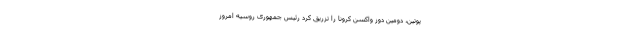
پوتین، دومین دوز واکسن کرونا را تزریق کرد رئیس جمهوری روسیه امروز